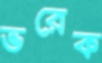
ভরেক